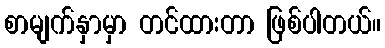
စာမျက်နှာမှာ တင်ထားတာ ဖြစ်ပါတယ်။